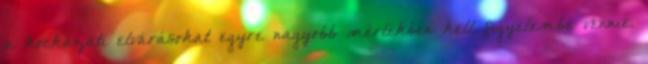
a kockázati elvárásokat egyre nagyobb mértékben kell figyelembe vennie.